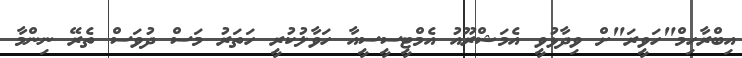
އިބްރާހިމް"ހަވީރަ"ށް ވިދާޅުވީ އެމަޝްރޫއު އެމްޓީސީސީއާ ހަވާލުކުރީ ހަތަރު މަސް ދުވަސް ތެރޭ ނިންމާ